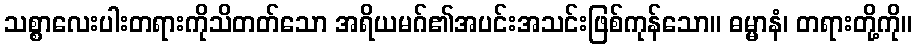
သစ္စာလေးပါးတရားကိုသိတတ်သော အရိယမဂ်၏အပင်းအသင်းဖြစ်ကုန်သော။ ဓမ္မာနံ၊ တရားတို့ကို။